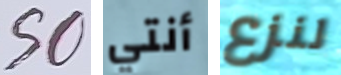
SO أنتي لنزع